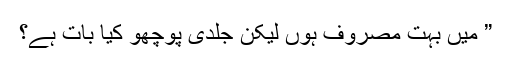
” میں بہت مصروف ہوں لیکن جلدی پوچھو کیا بات ہے؟